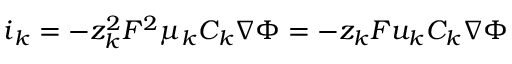
\boldsymbol { i } _ { k } = - z _ { k } ^ { 2 } F ^ { 2 } \mu _ { k } C _ { k } \nabla \Phi = - z _ { k } F u _ { k } C _ { k } \nabla \Phi